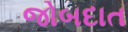
જોબદાત